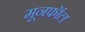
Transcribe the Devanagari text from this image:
मूनफॉल